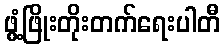
ဖွံ့ဖြိုးတိုးတက်ရေးပါတီ